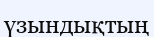
үзындықтың